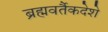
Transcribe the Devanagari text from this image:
ब्रह्मवर्तैकदेशे